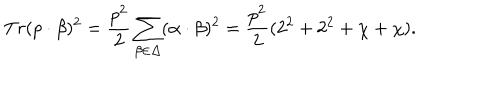
T r ( p \cdot \beta ) ^ { 2 } = { \frac { p ^ { 2 } } { 2 } } \sum _ { \beta \in \Delta } ( \alpha \cdot \beta ) ^ { 2 } = { \frac { p ^ { 2 } } { 2 } } ( 2 ^ { 2 } + 2 ^ { 2 } + \chi + \chi ) .